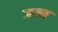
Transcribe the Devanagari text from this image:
जल्म